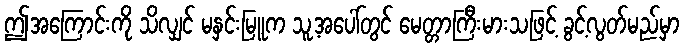
ဤအကြောင်းကို သိလျှင် မနှင်းမြူက သူ့အပေါ်တွင် မေတ္တာကြီးမားသဖြင့် ခွင့်လွတ်မည်မှာ